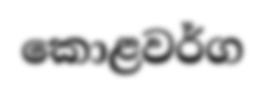
කොළවර්ග